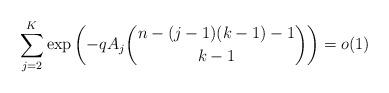
LaTeX: \begin{align*}\sum_{j=2}^{K} \exp\left (-qA_j{{n-(j-1)(k-1)-1}\choose {k-1}}\right ) = o(1) \end{align*}